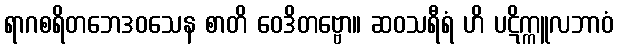
ရာဂစရိတဘေဒဝသေန စာတိ ဝေဒိတဗ္ဗော။ ဆဝသရီရံ ဟိ ပဋိက္ကူလဘာဝံ